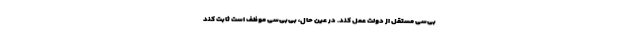
‌بی‌سی مستقل از دولت عمل کند. در عین حال، بی‌بی‌سی موظف است ثابت کند